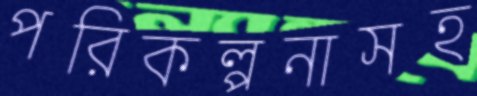
পরিকল্পনাসহ